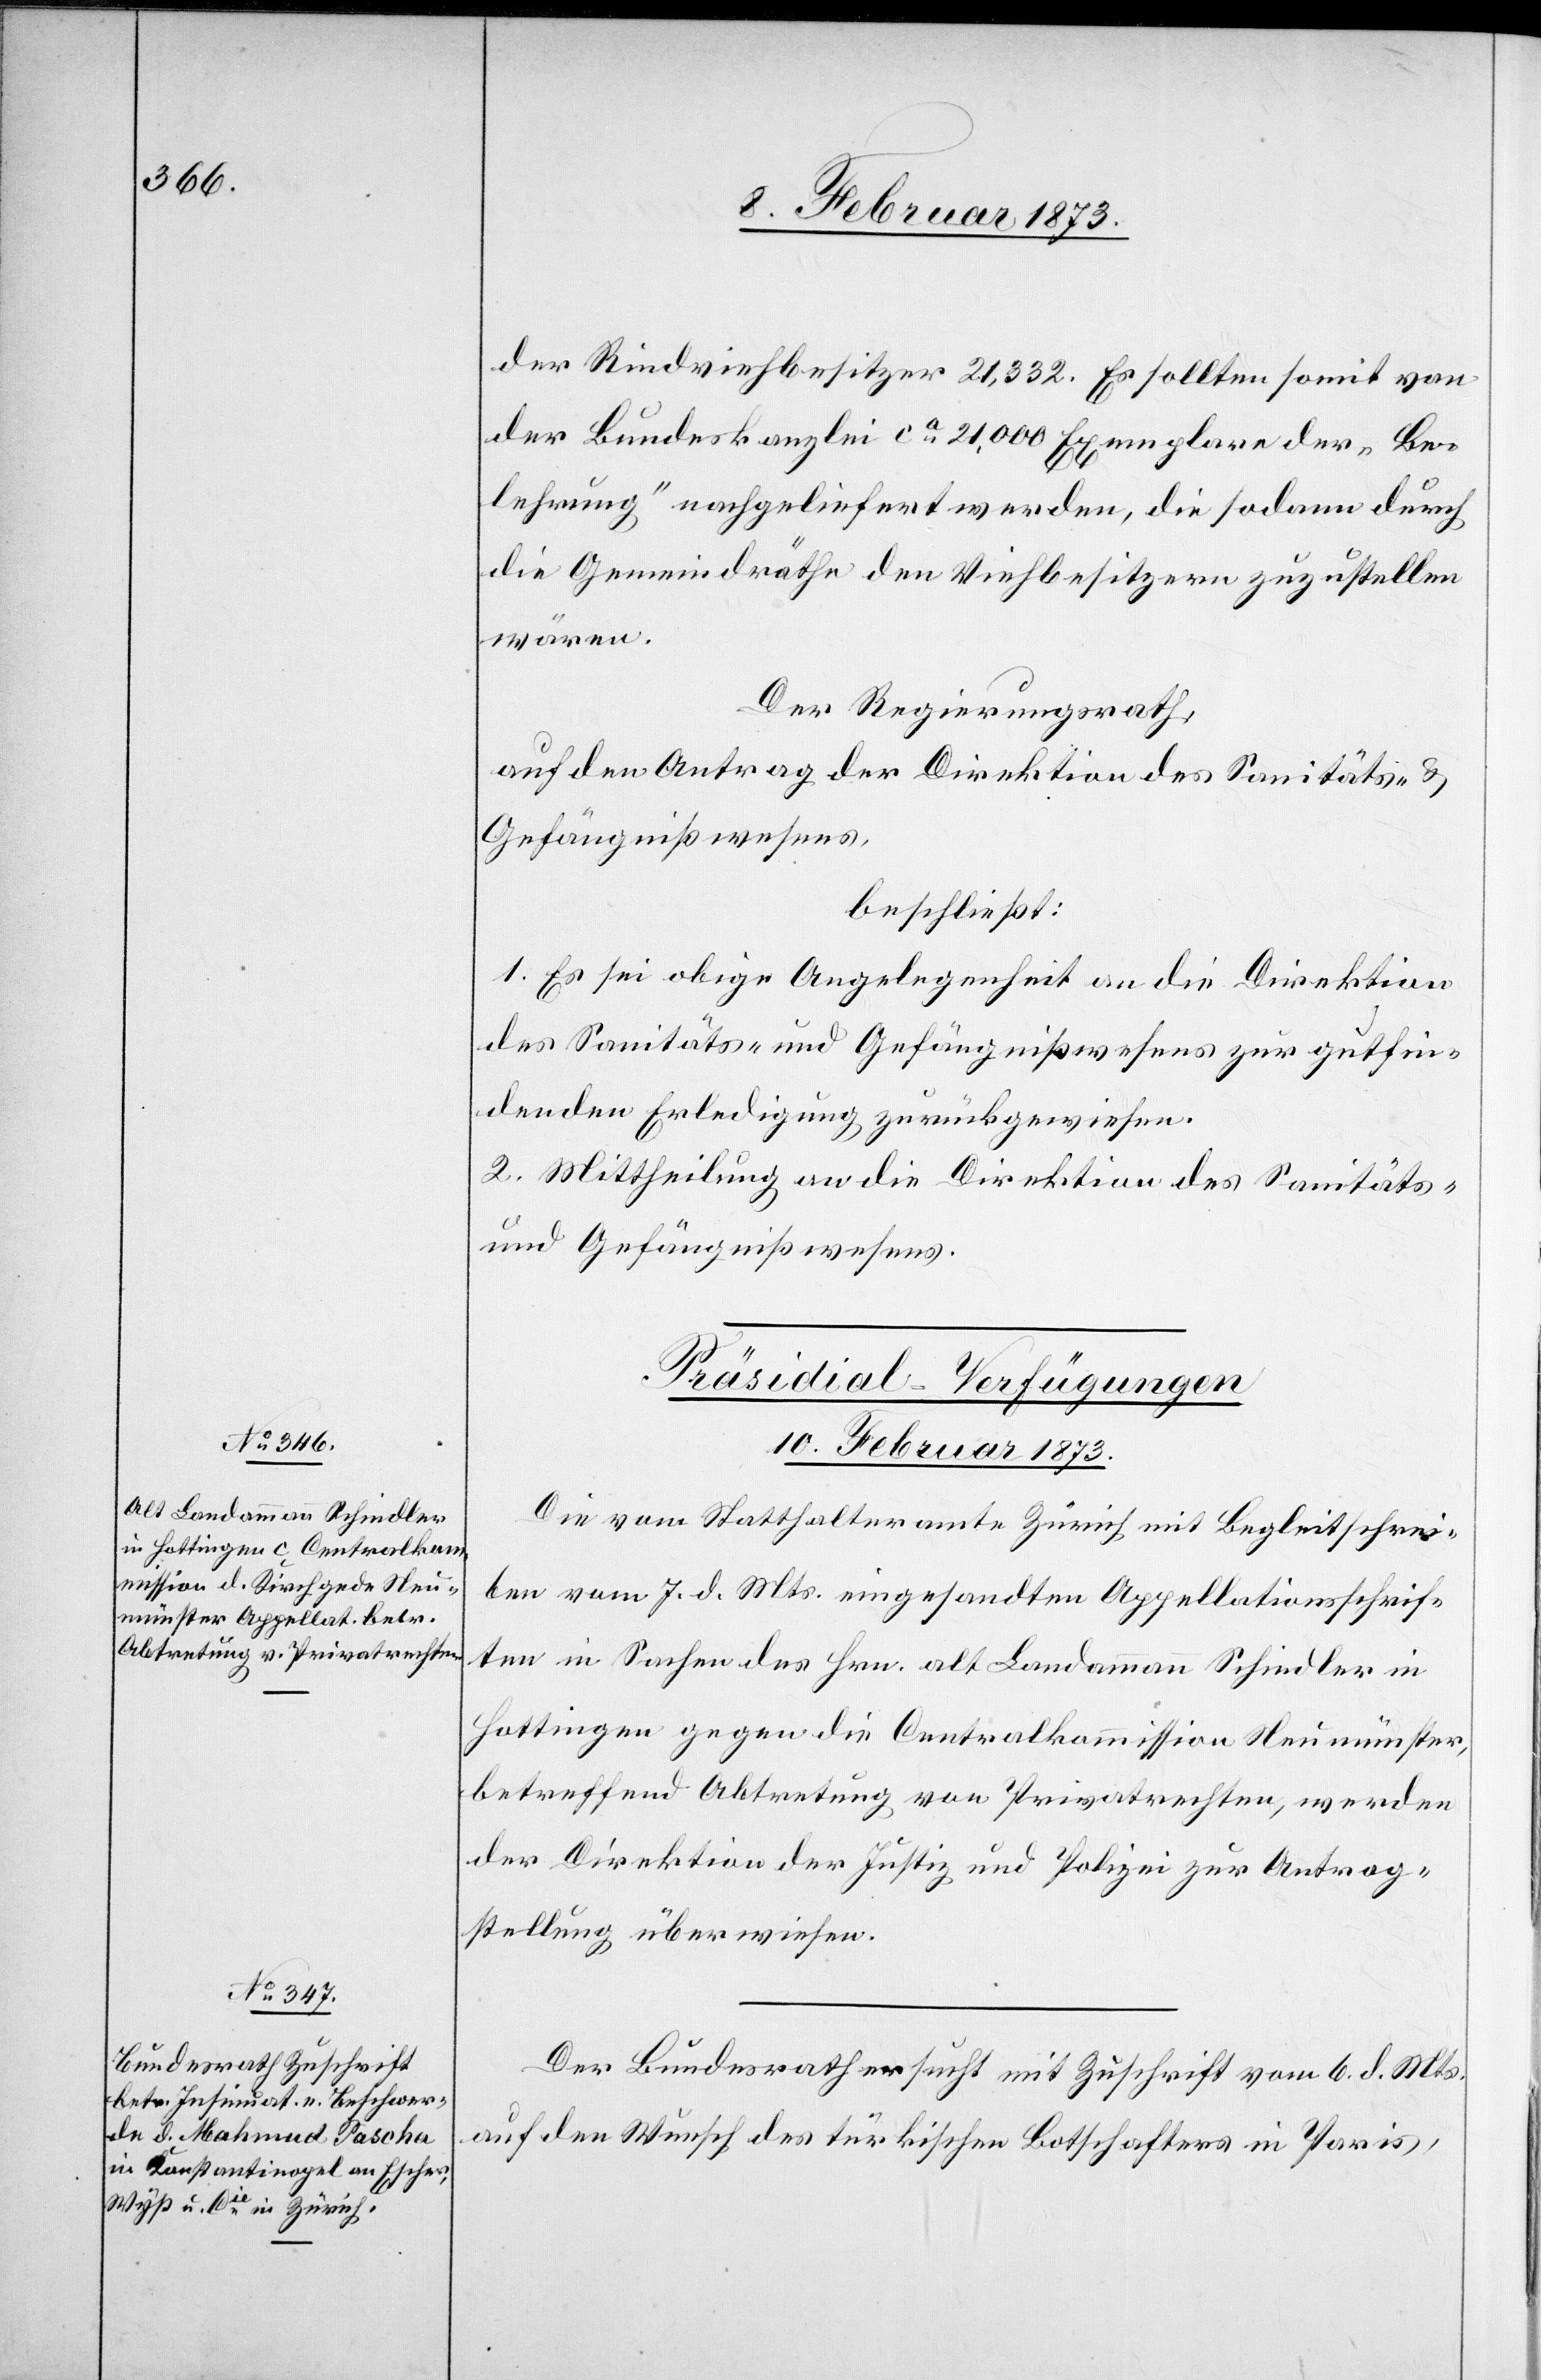
10. Februar 1873.]
der Rindviehbesitzer 21,332 [recte: 21,132]. Es sollten somit von
der Bundeskanzlei ca 21,000 Exemplare der „Be¬
lehrung“ nachgeliefert werden, die sodann durch
die Gemeindräthe den Viehbesitzern zuzustellen
wären.
Der Regierungsrath,
auf den Antrag der Direktion des Sanitäts- u.
Gefängnißwesens,
beschließt:
1. Es sei obige Angelegenheit an die Direktion
des Sanitäts- und Gefängnißwesens zur gutfin¬
denden Erledigung zurückgewiesen.
2. Mittheilung an die Direktion des Sanitäts-
und Gefängnißwesens.
[Präsidial-Verfügungen.
10. Februar 1873.
Die vom Statthalteramte Zürich mit Begleitschrei¬
ben vom 7. d. Mts. eingesandten Appellationsschrif¬
ten in Sachen des Hrn. alt Landammann Schiedler in
Hottingen gegen die Centralkommission Neumünster,
betreffend Abtretung von Privatrechten, werden
der Direktion der Justiz und Polizei zur Antrag¬
stellung überwiesen.
Der Bundesrath ersucht mit Zuschrift vom 6. d. Mts.
auf den Wunsch des türkischen Botschafters in Paris,